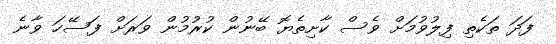
ފަދަ ތަކެތި ފިލުވުމަށް ވެސް ކާށިތެޔޮ ބޭނުން ކުރުމުން ވަރަށް ފަސޭހަ ވާނެ